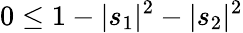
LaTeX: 0\leq 1-|s_{1}|^{2}-|s_{2}|^{2}